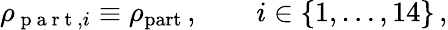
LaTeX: \begin{array}{r}{\rho_{\mathrm{~p~a~r~t~},i}\equiv\rho_{\mathrm{part}}\, ,\qquad i\in\{ 1,\dots,14\} \, ,}\end{array}